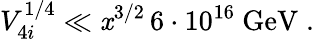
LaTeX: V_{4i}^{1/4}\ll\mathit{x}^{3/2}\, 6\cdot10^{16}\mathrm{{~GeV}}\; .